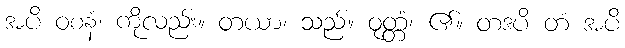
အပိ ဝစနံ၊ ကိုလည်း။ တယာ၊ သည်။ ဝုတ္တံ၊ ၏။ တဒပိ တံ အပိ